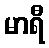
မာရီ